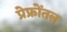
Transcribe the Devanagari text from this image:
प्रेफ्रोंतल